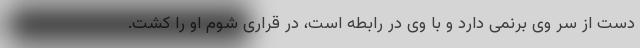
دست از سر وی برنمی دارد و با وی در رابطه است، در قراری شوم او را کشت.